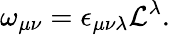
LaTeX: \omega_{\mu\nu}=\epsilon_{\mu\nu\lambda}{\cal L}^{\lambda}.